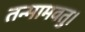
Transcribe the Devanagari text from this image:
तन्मामवतु।